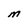
Character: M